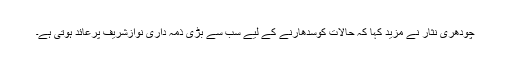
چودھری نثار نے مزید کہا کہ حالات کوسدھارنے کے لیے سب سے بڑی ذمہ داری نوازشریف پرعائد ہوتی ہے۔